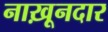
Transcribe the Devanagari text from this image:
नाख़ूनदार